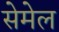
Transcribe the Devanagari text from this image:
सेमेल